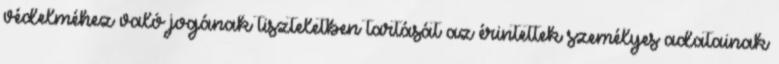
védelméhez való jogának tiszteletben tartását az érintettek személyes adatainak